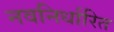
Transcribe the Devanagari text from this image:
नवनिर्धारित